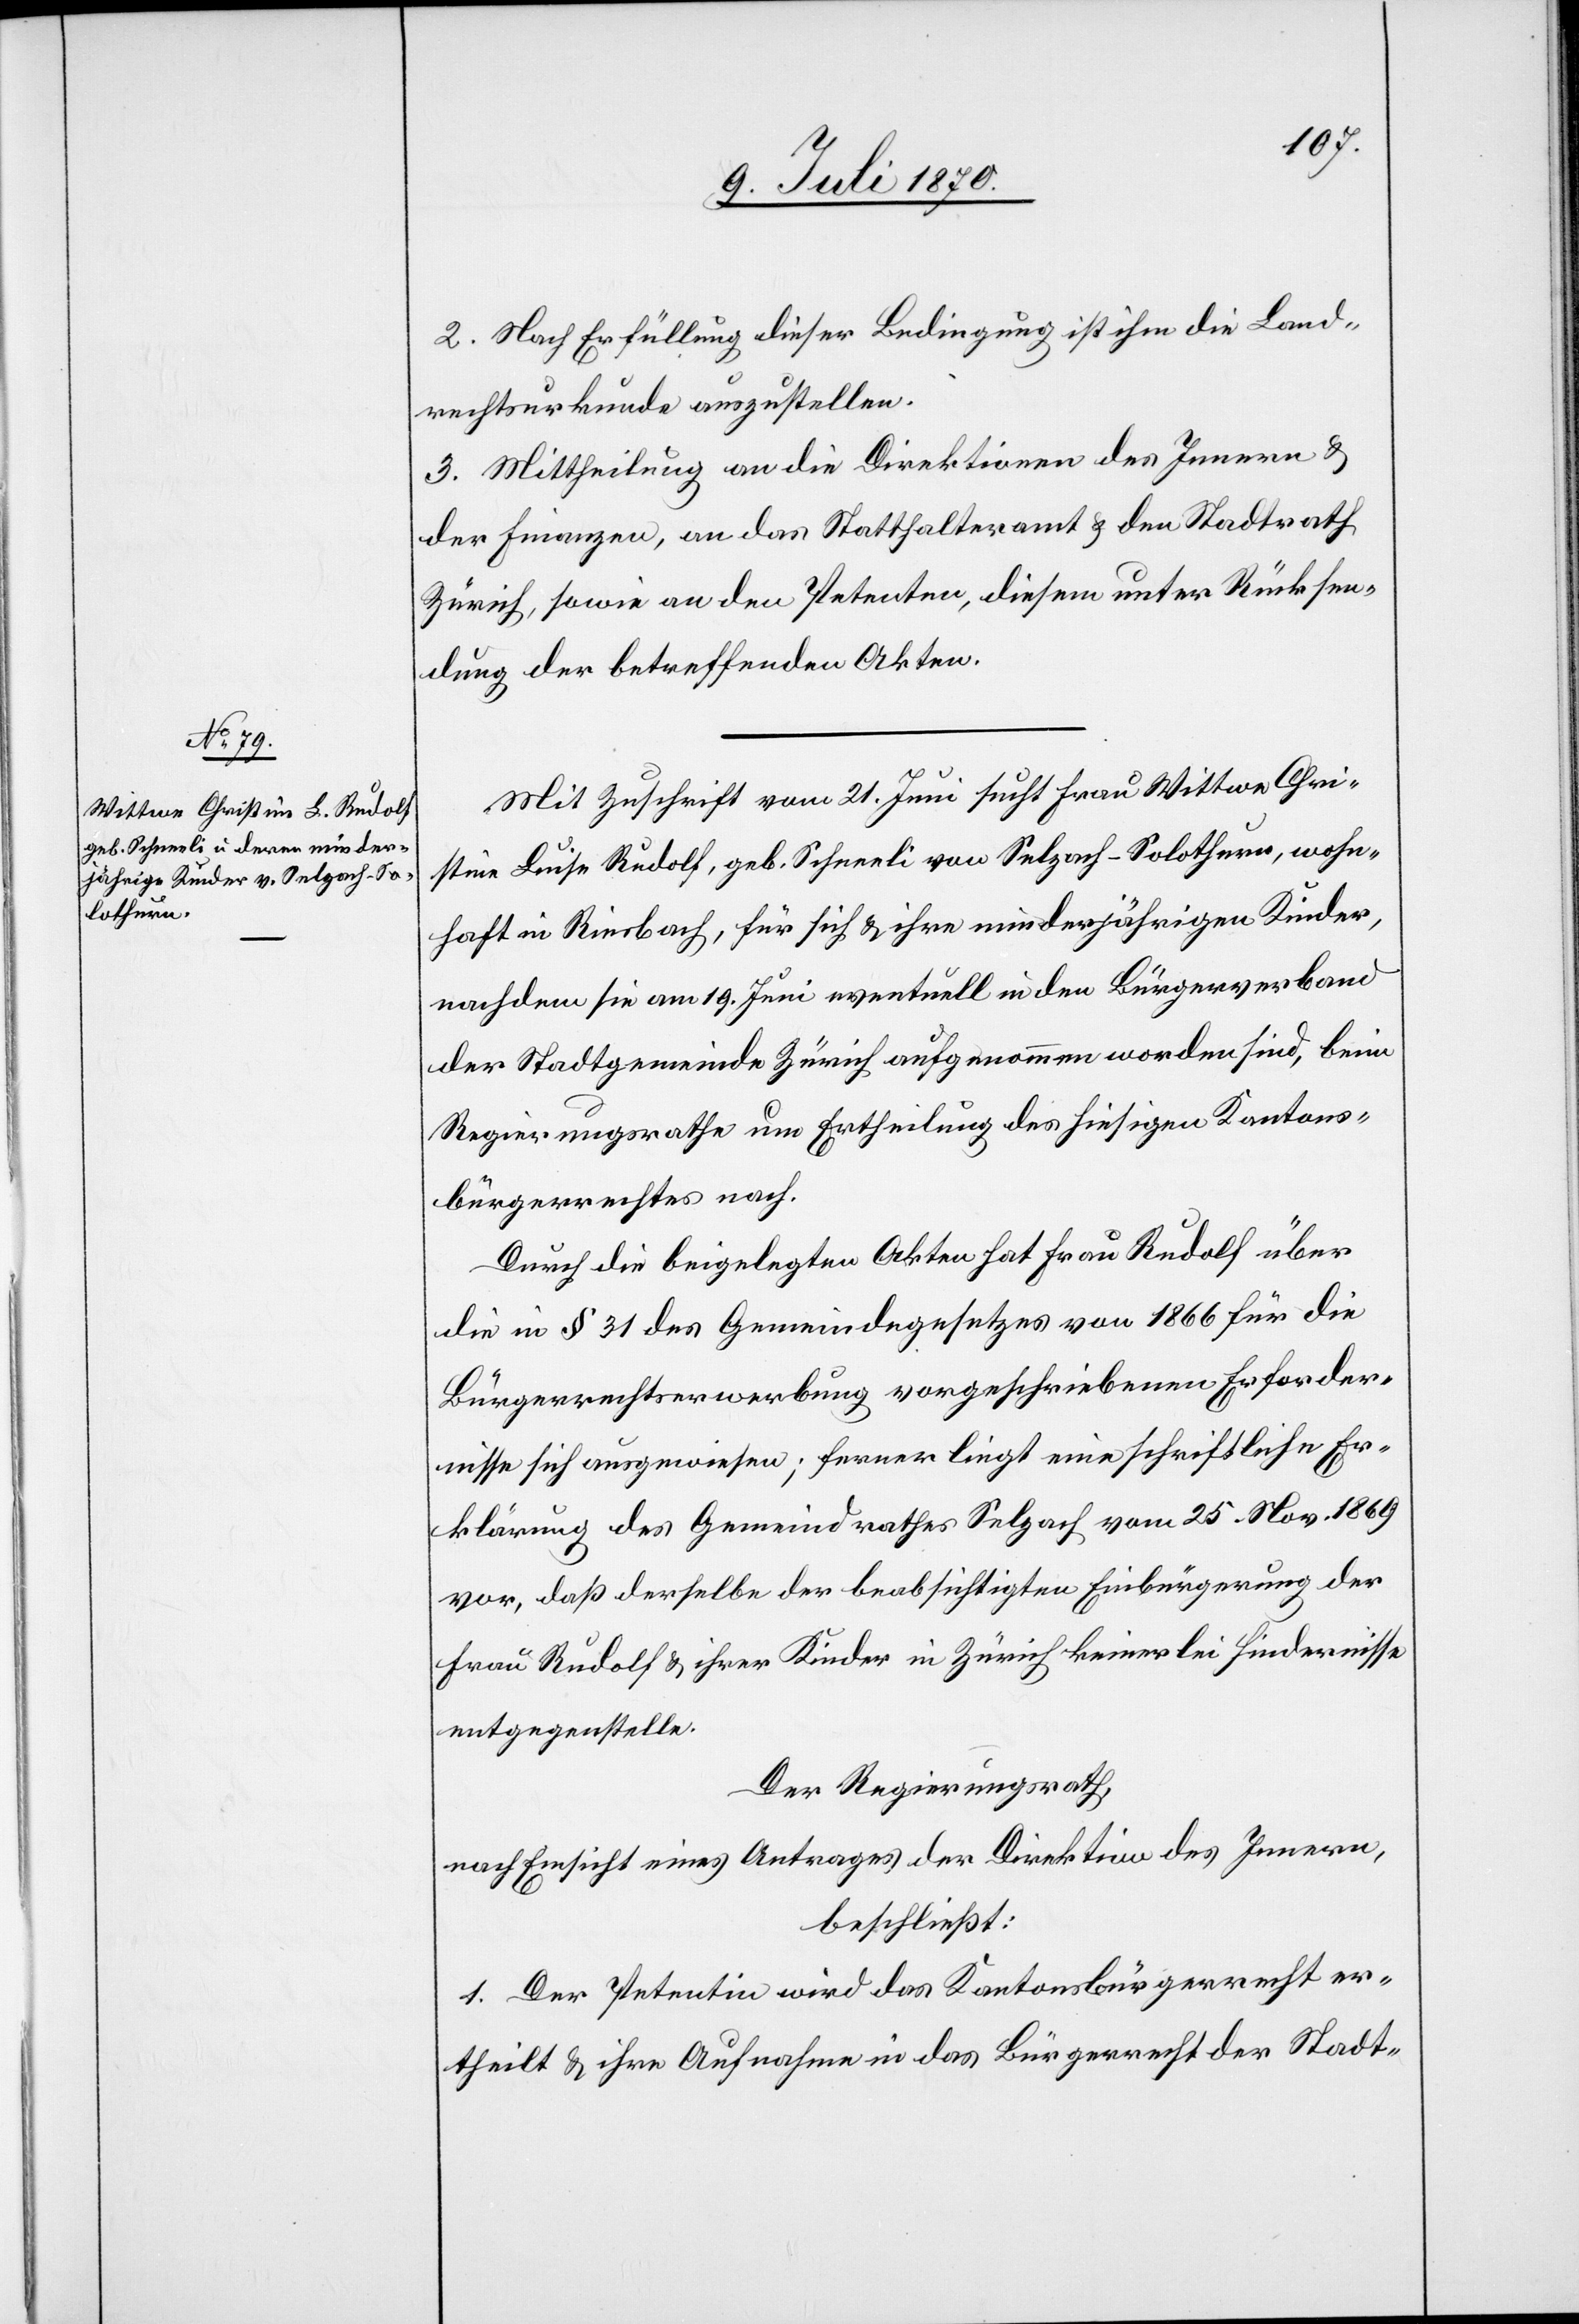
2. Nach Erfüllung dieser Bedingung ist ihm die Land¬
rechtsurkunde auszustellen.
3. Mittheilung an die Direktionen des Innern &
der Finanzen, an das Statthalteramt & den Stadtrath
Zürich, sowie an den Petenten, diesem unter Rücksen¬
dung der betreffenden Akten.
Mit Zuschrift vom 21. Juni sucht Frau Wittwe Chri¬
stine Luise Rudolf, geb. Schneeli von Selzach - Solothurn, wohn¬
haft in Riesbach, für sich & ihre minderjährigen Kinder,
nachdem sie am 19. Juni eventuell in den Bürgerverband
der Stadtgemeinde Zürich aufgenommen worden sind, beim
Regierungsrathe um Ertheilung des hiesigen Kantons¬
bürgerrechtes nach.
Durch die beigelegten Akten hat Frau Rudolf über
die in § 31 des Gemeindegesetzes von 1866 für die
Bürgerrechtserwerbung vorgeschriebenen Erforder¬
nisse sich ausgewiesen; ferner liegt eine schriftliche Er¬
klärung des Gemeindrathes Selzach vom 25. Nov. 1869
vor, daß derselbe der beabsichtigten Einbürgerung der
Frau Rudolf & ihrer Kinder in Zürich keinerlei Hindernisse
entgegenstelle.
Der Regierungsrath,
nach Einsicht eines Antrages der Direktion des Innern,
beschließt:
1. Der Petentin wird das Kantonsbürgerrecht er¬
theilt & ihre Aufnahme in das Bürgerrecht der Stadt-